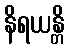
နိရယန္တိ